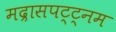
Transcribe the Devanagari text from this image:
मद्रासपट्ट्नम